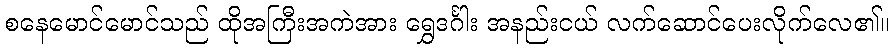
စနေမောင်မောင်သည် ထိုအကြီးအကဲအား ရွှေဒင်္ဂါး အနည်းငယ် လက်ဆောင်ပေးလိုက်လေ၏။